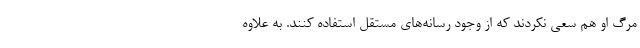
مرگ او هم سعی نکردند که از وجود رسانه‌های مستقل استفاده کنند. به علاوه